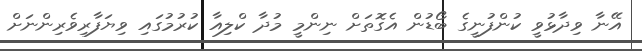
އޭނާ ވިދާޅުވީ ކުންފުނީގެ ބޯޑުން އެގޮތަށް ނިންމީ މުދާ ކްލިއާ ކުރުމުގައި ވިޔަފާރިވެރިންނަށް